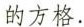
的方格.